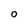
Character: 0